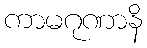
ကာမဂုဏာနိ